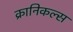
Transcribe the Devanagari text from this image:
क्रानिकल्स